Report on vaccination in Madras 1922-1929 - 1922-1929
Year: 1922
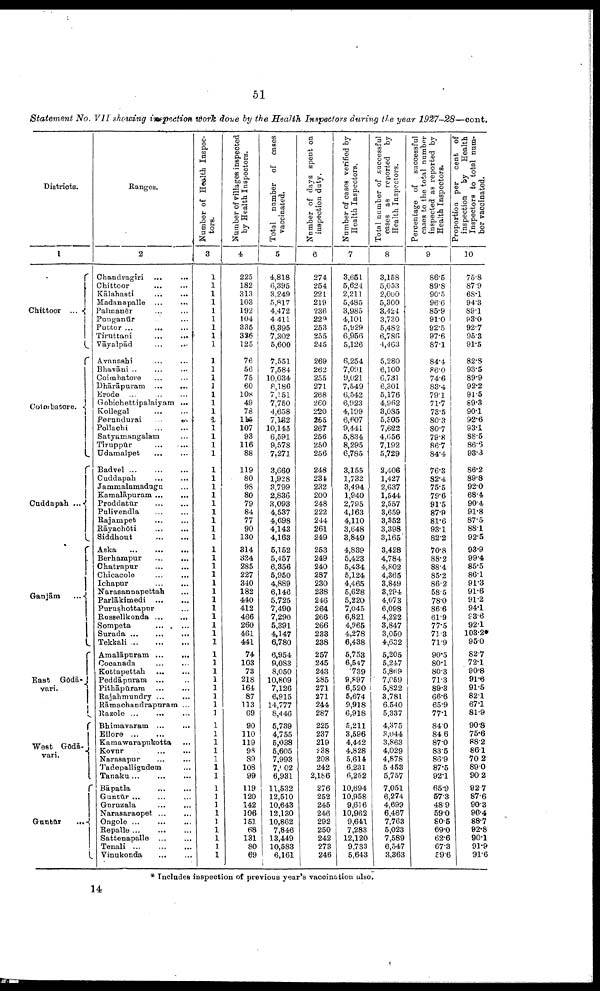
51
Statement No. VII showing inspection work done by the Health Inspectors during the year
1927-28—cont.
Districts.
1
Chittoor ...
Coimbatore.
Cuddapah ...
Ganjām
...
East Gōdā¬
vari.
West Gōdā¬
vari.
Guntūr
...
Ranges.
2
Chandragiri ...
...
Chittoor ... ...
Kālahasti ... ...
Madanapalle ... ...
Palmanēr ... ...
Punganūr ... ...
Puttur
...
...
...
Tiruttani ... ...
Vāyalpād
...
...
Avanashi ... ...
Bhavāni ... ... ...
Coimbatore ... ...
Dhārāpuram
...
...
Erode ...
...
...
Gohichettipalaiyam ...
Kollegal ... ...
Perundurai ... ...
Pollachi
...
...
Satyamangalam ...
Tiruppūr
...
...
Udamalpet ... ...
Badvel
...
...
...
Cuddapah
...
...
Jammalamadugu ...
Kamalāpuram ... ...
Proddatūr
...
...
Pulivendla ... ...
Rajampet ... ...
Rāyachōti
...
...
Siddhout
...
...
Aska
...
...
...
Berhampur
...
...
Chatrapur
...
...
Chicacole
...
...
Ichapur
...
...
Narasannapettah ...
Parlākimedi ...
...
Purushottapur ...
Russellkonda
...
...
Sompeta ... ...
Surada
...
...
...
Tekkali
...
...
...
Amalāpuram
...
...
Cocanada ... ...
Kottapettah
...
...
Peddāpuram ... ...
Pithāpūram
...
...
Rajahmundry
...
...
Rāmachandrapuram ...
Razole ... ... ...
Bhimavaram ... ...
Ellore ... ... ...
Kamawarapukotta ...
Kovur
...
...
Narasapur ... ...
Tadepalligudem ...
Tanaku
...
...
...
Bāpatla ... ...
Guntūr
...
...
...
Guruzala ... ...
Narasaraopet
...
...
Ongole
...
...
...
Repalle ... ... ...
Sattenapalle
...
...
Tenali
...
...
...
Vinukonda
...
...
Number of Health Inspec
tors.
3
1
1
1
1
1
1
1
1
1
1
1
1
1
1
1
1
1
1
1
1
1
1
1
1
1
1
1
1
1
1
1
1
1
1
1
1
1
1
1
1
1
1
1
1
1
1
1
1
1
1
1
1
1
1
1
1
1
1
1
1
1
1
1
1
1
1
Number of villages inspected
by Health Inspectors.
4
225
182
313
103
192
104
336
326
125
76
56
75
60
108
49
78
115
107
93
116
88
119
80
98
80
79
84
77
90
130
314
324
285
227
340
182
440
412
466
260
461
441
74
103
73
218
164
87
113
69
90
110
119
98
89
108
99
119
120
142
106
151
68
131
80
69
Total number of cases
vaccinated.
5
4,818
6,395
3,249
5,817
4,472
4,411
6,395
7,302
5,600
7,551
7,584
10,034
8,186
7,151
7,750
4,658
7,162
10,145
6,591
9,578
7,271
3,660
1,928
3,799
2,836
3,093
4,537
4,698
4,143
4,163
5,152
5,457
6,356
5,950
4,889
6,146
5,725
7,490
7,290
5,391
4,147
6,780
6,954
9,083
8,050
10,809
7,126
6,915
14,777
8,446
5,739
4,755
5,038
5,605
7,993
7,002
6,931
11,532
12,510
10,643
12,130
10,862
7,846
13,449
10,583
6,161
Number of days spent on
inspection duty.
6
274
254
221
219
236
229
253
255
245
269
262
255
271
268
260
220
255
267
256
250
256
248
234
232
200
248
222
244
261
249
253
249
240
287
230
238
246
264
266
266
233
238
257
245
243
285
271
271
244
287
225
237
219
238
208
242
2,186
276
252
245
246
292
250
242
273
246
Number of cases verified by
Health Inspectors.
7
3,651
5,624
2,211
5,485
3,985
4,101
5,929
6,956
5,126
6,254
7,091
9,021
7,549
6,542
6,923
4,199
6,607
9,441
5,834
8,295
6,785
3,155
1,732
3,494
1,940
2,795
4,163
4,110
3,648
3,849
4,839
5,423
5,434
5,124
4,465
5,628
5,220
7,045
6,821
4,965
4,278
6,438
5,753
6,547
739
9,897
6,520
5,674
9,918
6,918
5,211
3,596
4,442
4,828
5,614
6.231
6,252
10,694
10,958
9,616
10,962
9,641
7,283
12,120
9,733
5,643
Total number of successful
cases as reported by
Health Inspectors.
8
3,158
5,053
2,000
5,300
3,424
3,730
5,482
6,786
4,463
5,280
6,100
6,731
6,301
5,176
4,962
3,085
5,305
7,622
4,656
7,192
5,729
2,406
1,427
2,637
1,544
2,557
3,659
3,352
3,398
3,165
3,428
4,784
4,802
4,365
3,849
3,294
4,073
6,098
4,222
3,847
3,050
4,632
5,205
5,247
5,869
7,059
5,822
3,781
6,540
5,337
4,375
3,044
3,863
4,029
4,878
5 453
5,757
7,051
6,274
4,699
6,467
7,763
5,023
7,589
6,547
3,363
Percentage of successful
cases to the total number
inspected as reported by
Health Inspectors.
9
86.5
89.8
90.5
96.6
85.9
91.0
92.5
97.6
87.1
84.4
86.0
74.6
83.4
79.1
71.7
73.5
80.3
80.7
79.8
86.7
84.4
76.3
82.4
75.5
79.6
91.5
87.9
81.6
93.1
82.2
70.8
88.2
88.4
85.2
86.2
58.5
78.0
86.6
61.9
77.5
71.3
71.9
90.5
80.1
80.3
71.3
89.3
66.6
65.9
77.1
84.0
84.6
87.0
83.5
86.9
87.5
92.1
65.9
57.3
48.9
59.0
80.5
69.0
62.6
67.3
59.6
Proportion per cent of
inspection by Health
Inspectors to total num
ber vaccinated.
10
75.8
87.9
68.1
94.3
89.1
93.0
92.7
95.3
91.5
82.8
93.5
89.9
92.2
91.5
89.3
90.1
92.6
93.1
88.5
86.6
93.3
86.2
89.8
92.0
68.4
90.4
91.8
87.5
88.1
92.5
93.9
99.4
85.5
86.1
91.3
91.6
91.2
94.1
93.6
92.1
103.2*
95.0
82.7
72.1
90.8
91.6
91.5
82.1
67.1
81.9
90.8
75.6
88.2
86.1
70.2
89.0
90.2
92.7
87.6
90.3
90.4
88.7
92.8
90.1
91.9
91.6
* Includes inspection of previous year's vaccination also.
14